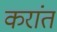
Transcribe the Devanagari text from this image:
करांत